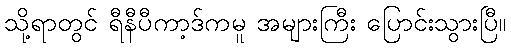
သို့ရာတွင် ရီနီပီကာ့ဒ်ကမူ အများကြီး ပြောင်းသွားပြီ။